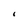
Character: I